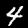
Digit: 4